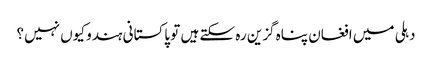
دہلی میں افغان پناہ گزین رہ سکتے ہیں تو پاکستانی ہندو کیوں نہیں؟